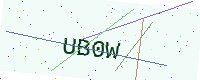
Text: UB0W